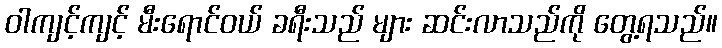
ဝါကျင့်ကျင့် မီးရောင်ဝယ် ခရီးသည် များ ဆင်းလာသည်ကို တွေ့ရသည်။